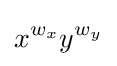
x^{w_{x}}y^{w_{y}}